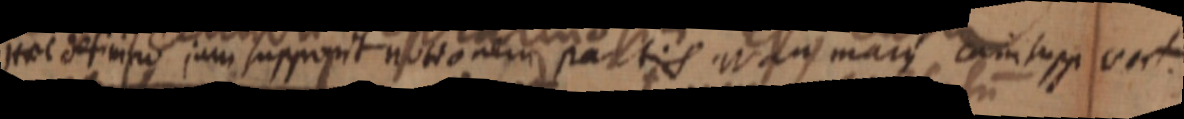
Hoc definitio jam supponit notionem partis Wan mar_ cum supp vert